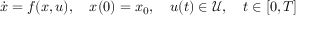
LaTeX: { \dot { x } } = f ( x , u ) , \quad x ( 0 ) = x _ { 0 } , \quad u ( t ) \in { \mathcal { U } } , \quad t \in [ 0 , T ]